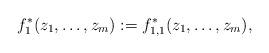
LaTeX: \begin{align*} f_1^*(z_1,\ldots,z_m):=f_{1,1}^*(z_1,\ldots,z_m), \end{align*}